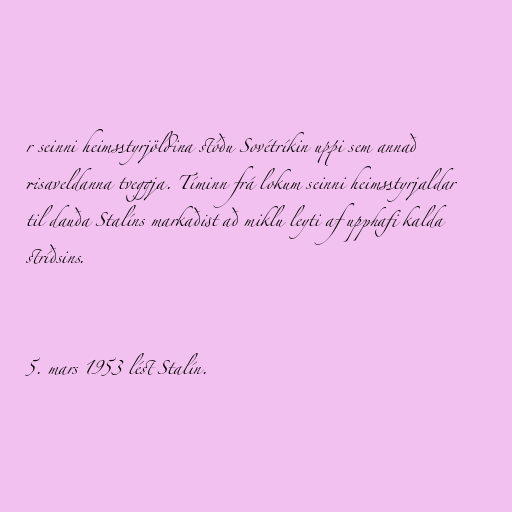
r seinni heimsstyrjöldina stóðu Sovétríkin uppi sem annað
risaveldanna tveggja. Tíminn frá lokum seinni heimsstyrjaldar
til dauða Stalíns markaðist að miklu leyti af upphafi kalda
stríðsins.

5. mars 1953 lést Stalín.